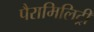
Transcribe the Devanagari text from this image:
पैरामिलिट्री